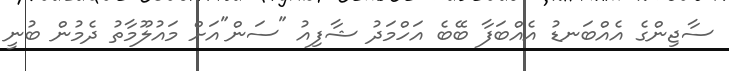
ސާޖިންގެ އެއްބަނޑު އެއްބަފާ ބޭބެ އަހްމަދު ޝާފިއު "ސަން"އަށް މައުލޫމާތު ދެމުން ބުނީ